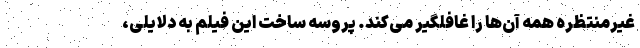
غیرمنتظره همه آن‌ها را غافلگیر می‌کند. پروسه ساخت این فیلم به دلایلی،